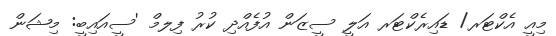
މިއީ އެކްޓަރ/ ޑައިރެކްޓަރ އަލީ ސީޒަން އުފެއްދި ކުރު ފިލމް 'ސީއައިބީ: މިޝަން